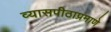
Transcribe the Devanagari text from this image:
व्यासपीठाप्रमाणे